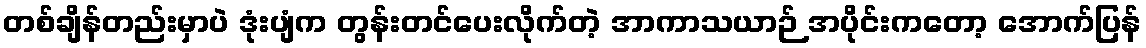
တစ်ချိန်တည်းမှာပဲ ဒုံးပျံက တွန်းတင်ပေးလိုက်တဲ့ အာကာသယာဉ် အပိုင်းကတော့ အောက်ပြန်